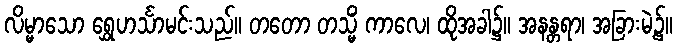
လိမ္မာသော ရွှေဟင်္သာမင်းသည်။ တတော တသ္မိံ ကာလေ၊ ထိုအခါ၌။ အနန္တရာ၊ အခြားမဲ့၌။